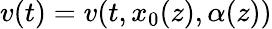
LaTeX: v(t)=v(t,x_{0}(z),\alpha(z))